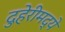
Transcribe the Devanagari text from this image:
दुहेरीमद्ये